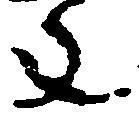
年